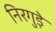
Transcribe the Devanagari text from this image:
निरगुड़े